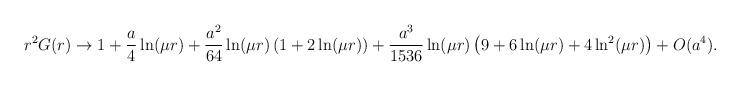
LaTeX: \begin{align*}r^2G(r)\rightarrow 1+\frac a4\ln (\mu r)+\frac{a^2}{64}\ln (\mu r)\left(1+2\ln (\mu r)\right) +\frac{a^3}{1536}\ln (\mu r)\left( 9+6\ln (\mu r)+4\ln^2(\mu r)\right) +O(a^4).\end{align*}